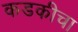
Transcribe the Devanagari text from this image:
कडकीचा